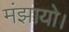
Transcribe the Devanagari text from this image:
मंझायो।